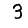
Digit: 3